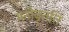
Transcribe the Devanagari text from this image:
मनोवृतत्ति